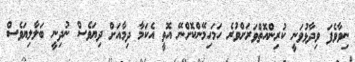
ނިވާވެފަ ވިދާޅުވަނީ ކުރިންއޮތްވަރަށްވުރެ ހަމަހިމޭންކޮށްނޭ އޮތީ އެކަމާ ދިމާއަށް ދިޔަވެސް ނުދިނީ ބަލާލިޔަވެސް